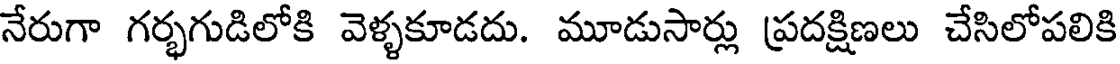
నేరుగా గర్భగుడిలోకి వెళ్ళకూడదు. మూడుసార్లు ప్రదక్షిణలు చేసిలోపలికి